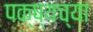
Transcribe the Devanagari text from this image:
पक्ष्यच्या